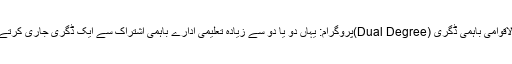
بین الاقوامی باہمی ڈگری (Dual Degree)پروگرام: یہاں دو یا دو سے زیادہ تعلیمی ادارے باہمی اشتراک سے ایک ڈگری جاری کرتے ہیں۔